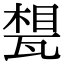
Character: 𤭪